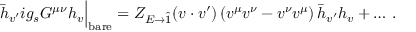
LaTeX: \bar { h } _ { v ^ { \prime } } i g _ { s } G ^ { \mu \nu } h _ { v } \Big | _ { \mathrm { b a r e } } = Z _ { E \to \hat { 1 } } ( v \cdot v ^ { \prime } ) \, ( v ^ { \mu } v ^ { \nu } - v ^ { \nu } v ^ { \mu } ) \, \bar { h } _ { v ^ { \prime } } h _ { v } + \dots \, .